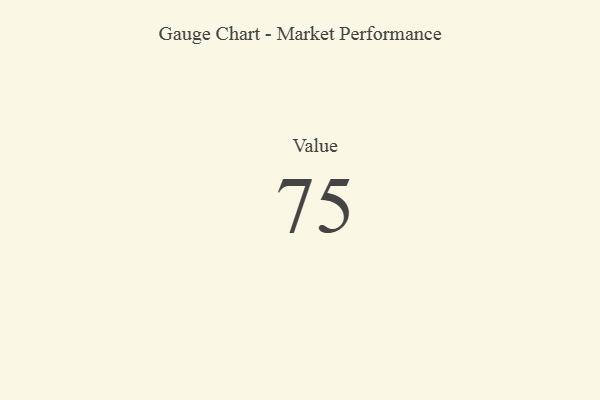
{"axis": {"x": "Metric", "y": "Value"}, "legend": [""], "data": [{"x": "Value", "y": 75, "type": ""}]}